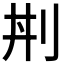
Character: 𠛜